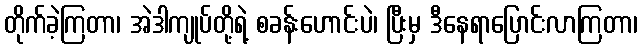
တိုက်ခဲ့ကြတာ၊ အဲဒါကျုပ်တို့ရဲ့ စခန်းဟောင်းပဲ၊ ပြီးမှ ဒီနေရာပြောင်းလာကြတာ၊